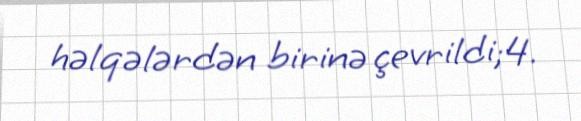
həlqələrdən birinə çevrildi;4.